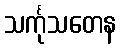
သင်္ကုသတေန